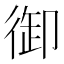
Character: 御